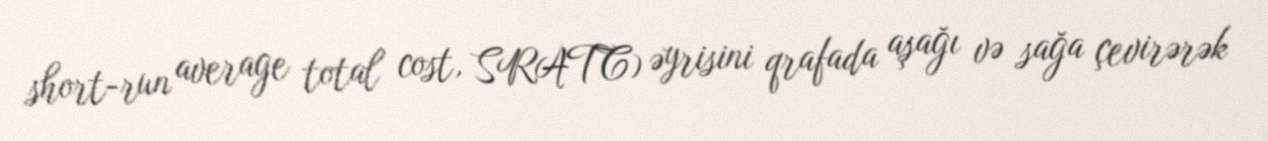
short-run average total cost, SRATC) əyrisini qrafada aşağı və sağa çevirərək